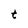
Character: t